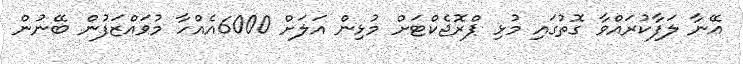
އޭނާ ލަފާކުރައްވާ ގޮތުގައި މުޅި ޕްރޮޖެކްޓަށް މުޅިން އަލަށް 6000އެއްހާ މުވައްޒަފުން ބޭނުން